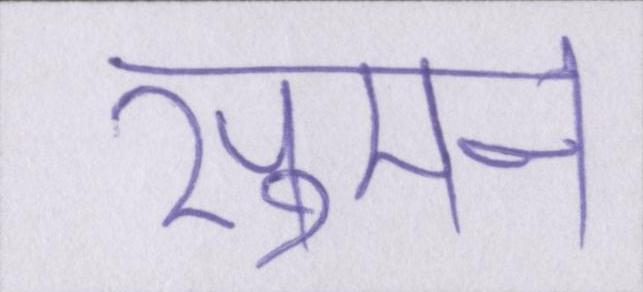
सुमन